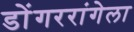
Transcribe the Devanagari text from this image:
डोंगररांगेला